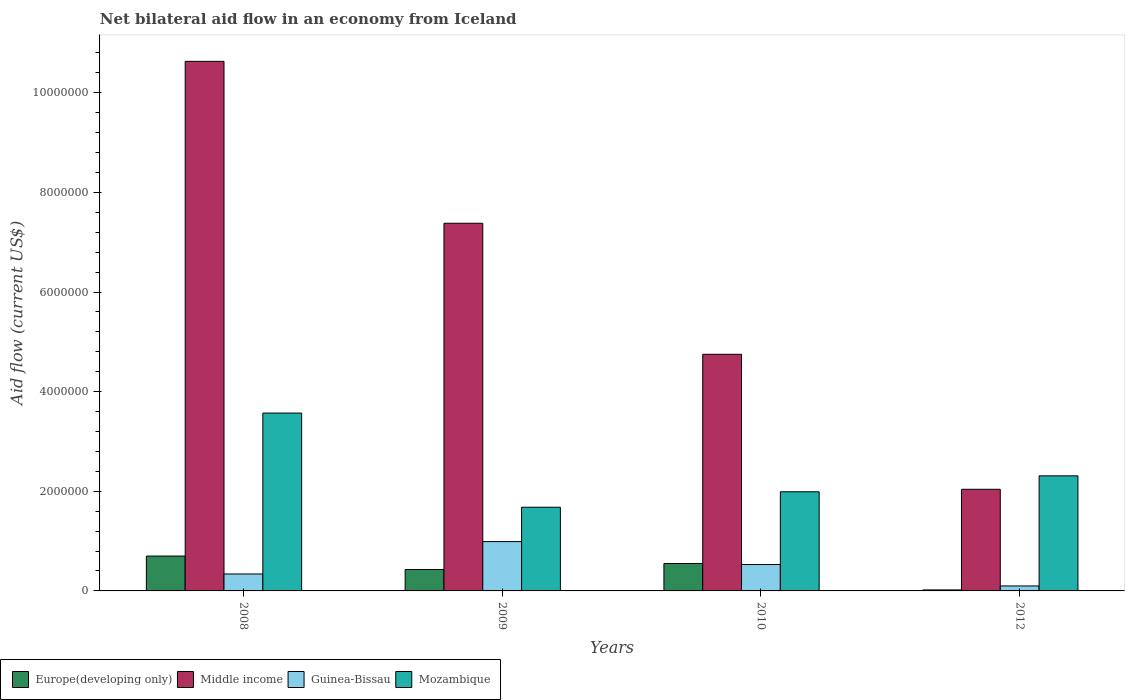
| Years | Europe(developing only) | Middle income | Guinea-Bissau | Mozambique |
 | --- | --- | --- | --- | --- |
 | 2008 | 7e+05 | 1.06e+07 | 3.4e+05 | 3.57e+06 |
 | 2009 | 4.3e+05 | 7.38e+06 | 9.9e+05 | 1.68e+06 |
 | 2010 | 5.5e+05 | 4.75e+06 | 5.3e+05 | 1.99e+06 |
 | 2012 | 2e+04 | 2.04e+06 | 1e+05 | 2.31e+06 |